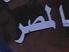
لصر